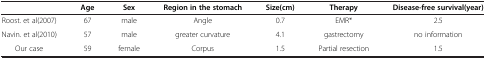
<table><thead><tr><td><b> </b></td><td><b>Age</b></td><td><b>Sex</b></td><td><b>Region in the stomach</b></td><td><b>Size(cm)</b></td><td><b>Therapy</b></td><td><b>Disease-free survival(year)</b></td></tr></thead><tbody><tr><td>Roost. et al(2007)</td><td>67</td><td>male</td><td>Angle</td><td>0.7</td><td>EMR*</td><td>2.5</td></tr><tr><td>Navin. et al(2010)</td><td>57</td><td>male</td><td>greater curvature</td><td>4.1</td><td>gastrectomy</td><td>no information</td></tr><tr><td>Our case</td><td>59</td><td>female</td><td>Corpus</td><td>1.5</td><td>Partial resection</td><td>1.5</td></tr></tbody></table>